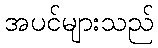
အပင်များသည်